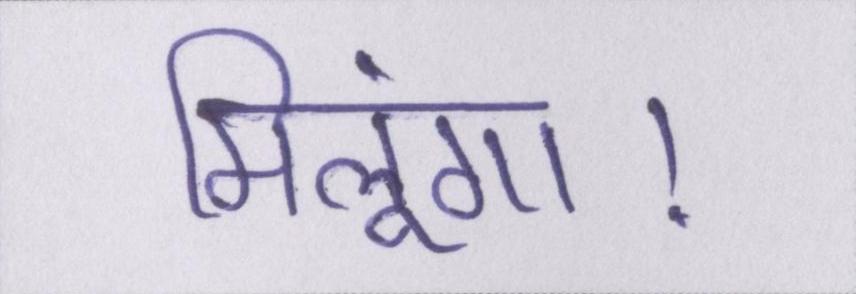
मिलूंगा।